Plague in India, 1896, 1897 - Volume 2
Year: 1896
Disease focus: Plague
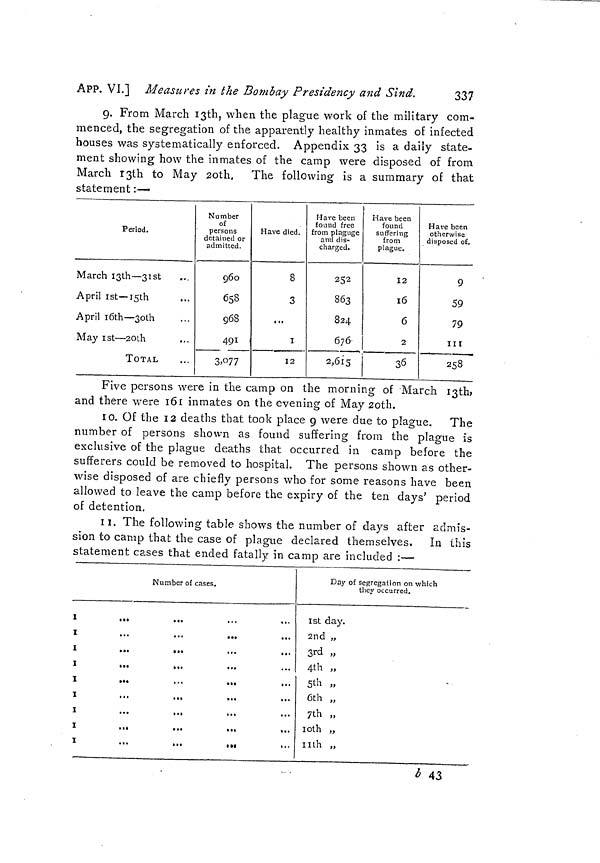
APP. VI.] Measures in the Bombay Presidency and Sind.
337
9. From March I3th, when the plague work of the military com-
menced, the segregation of the apparently healthy inmates of infected
houses was systematically enforced. Appendix 33 is a daily state-
ment showing how the inmates of the camp were disposed of from
March I3th to May 2oth. The following is a summary of that
statement:—
Period.
March I3th — 31 st
April ist— I5th
April 1 6th — 3oth
May ist — soth
TOTAL
Number
of
persons
detained or
admitted.
960
658
968
491
3,077
Have died.
8
3
...
1
12
Have been
found free
from plaguge
and dis-
charged.
252
863
824
676
2,615
Have been
found
suffering
from
plague.
12
16
6
2
36
Have been
otherwise
disposed of.
9
59
79
III
258
Five persons were in the camp on the morning of March I3th,
and there were 161 inmates on the evening of May 20th.
10. Of the 12 deaths that took place 9 were due to plague. The
number of persons shown as found suffering from the plague is
exclusive of the plague deaths that occurred in camp before the
sufferers could be removed to hospital. The persons shown as other-
wise disposed of are chiefly persons who for some reasons have been
allowed to leave the camp before the expiry of the ten days' period
of detention.
11. The following table shows the number of days after admis-
sion to camp that the case of plague declared themselves. In this
statement cases that ended fatally in camp are included :—
I
I
I
I
I
I
I
I
I
...
...
...
...
...
...
...
...
...
Number of cases.
...
...
...
X.
...
...
...
...
...
...
...
...
...
...
*..
...
...
• •«
• • .
...
...
...
...
...
...
...
...
Day of segregation on which
they occurred.
Ist day.
2nd „
3rd „
4th „
5th „
6th „
7th „
10th „
11th „